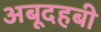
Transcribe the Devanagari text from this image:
अबूदहबी